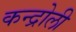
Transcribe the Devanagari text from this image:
कन्द्रोली